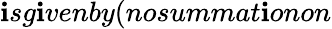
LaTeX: \mathbf{i}sg\mathbf{i}venby(nosummat\mathbf{i}onon